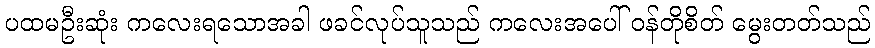
ပထမဦးဆုံး ကလေးရသောအခါ ဖခင်လုပ်သူသည် ကလေးအပေါ် ဝန်တိုစိတ် မွေးတတ်သည်